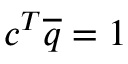
c ^ { T } \overline { { q } } = 1